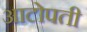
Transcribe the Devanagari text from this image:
आटोपती